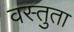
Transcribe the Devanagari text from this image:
वस्तुता